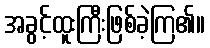
အခွင့်ထူးကြီးဖြစ်ခဲ့ကြ၏။